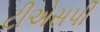
ટીએસપી